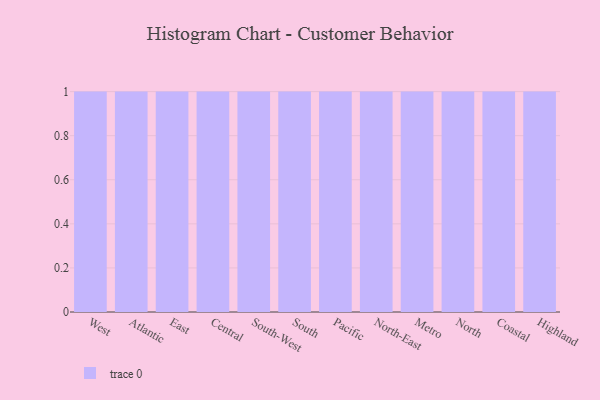
{"axis": {"x": "Region", "y": "Shipments"}, "legend": [""], "data": [{"x": "West", "y": 30, "type": ""}, {"x": "Atlantic", "y": 4, "type": ""}, {"x": "East", "y": 77, "type": ""}, {"x": "Central", "y": 100, "type": ""}, {"x": "South-West", "y": 99, "type": ""}, {"x": "South", "y": 100, "type": ""}, {"x": "Pacific", "y": 9, "type": ""}, {"x": "North-East", "y": 10, "type": ""}, {"x": "Metro", "y": 77, "type": ""}, {"x": "North", "y": 68, "type": ""}, {"x": "Coastal", "y": 44, "type": ""}, {"x": "Highland", "y": 50, "type": ""}]}